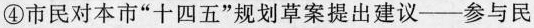
④市民对本市”十四五”规划草案提出建议——参与民